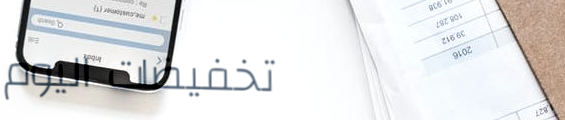
تخفيضات اليوم